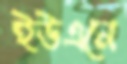
ইউএনে